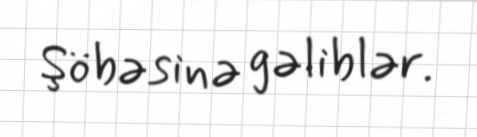
Şöbəsinə gəliblər.